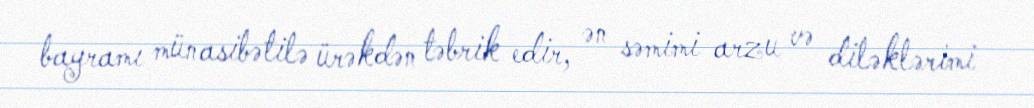
bayramı münasibətilə ürəkdən təbrik edir, ən səmimi arzu və diləklərimi